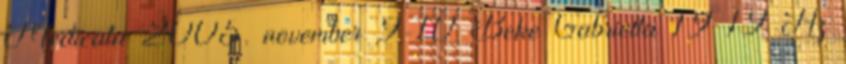
Medicata 2005. november 9-10 Beke Gabriella 19 19 Az